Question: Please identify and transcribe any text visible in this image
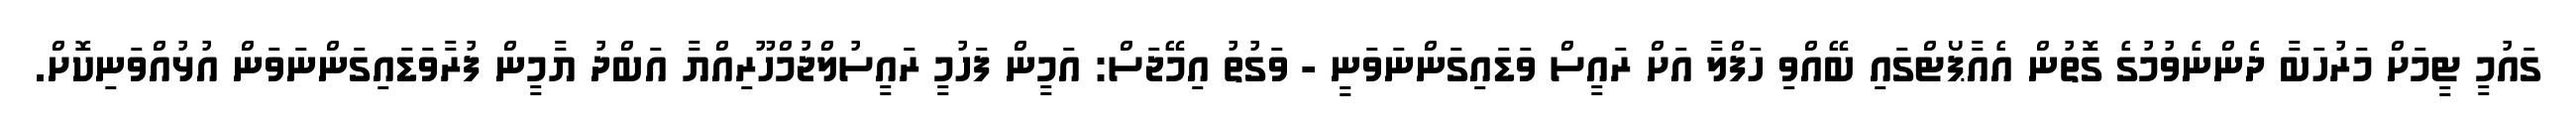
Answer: ގައުމީ ޓީމަށް މަރުހަބާ ދެންނެވުމުގެ ގޮތުން އެއާޕޯޓްގައި ބޭއްވި ހަފްލާ އަށް ރައީސް ވަޑައިގަންނަވަނީ - ވަގުތު އިމޭޖަސް: އަމީން ފަހުމީ ރައީސުލްޖުމްހޫރިއްޔާ އަބްދު ޔާމީން ފުރާވަޑައިގަންނަވަން އުޅުއްވަނިކޮށް.